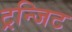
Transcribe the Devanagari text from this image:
ट्रन्जिट